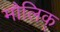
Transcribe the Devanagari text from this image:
मौलिक्